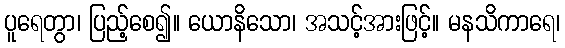
ပူရေတွာ၊ ပြည့်စေ၍။ ယောနိသော၊ အသင့်အားဖြင့်။ မနသိကာရေ၊